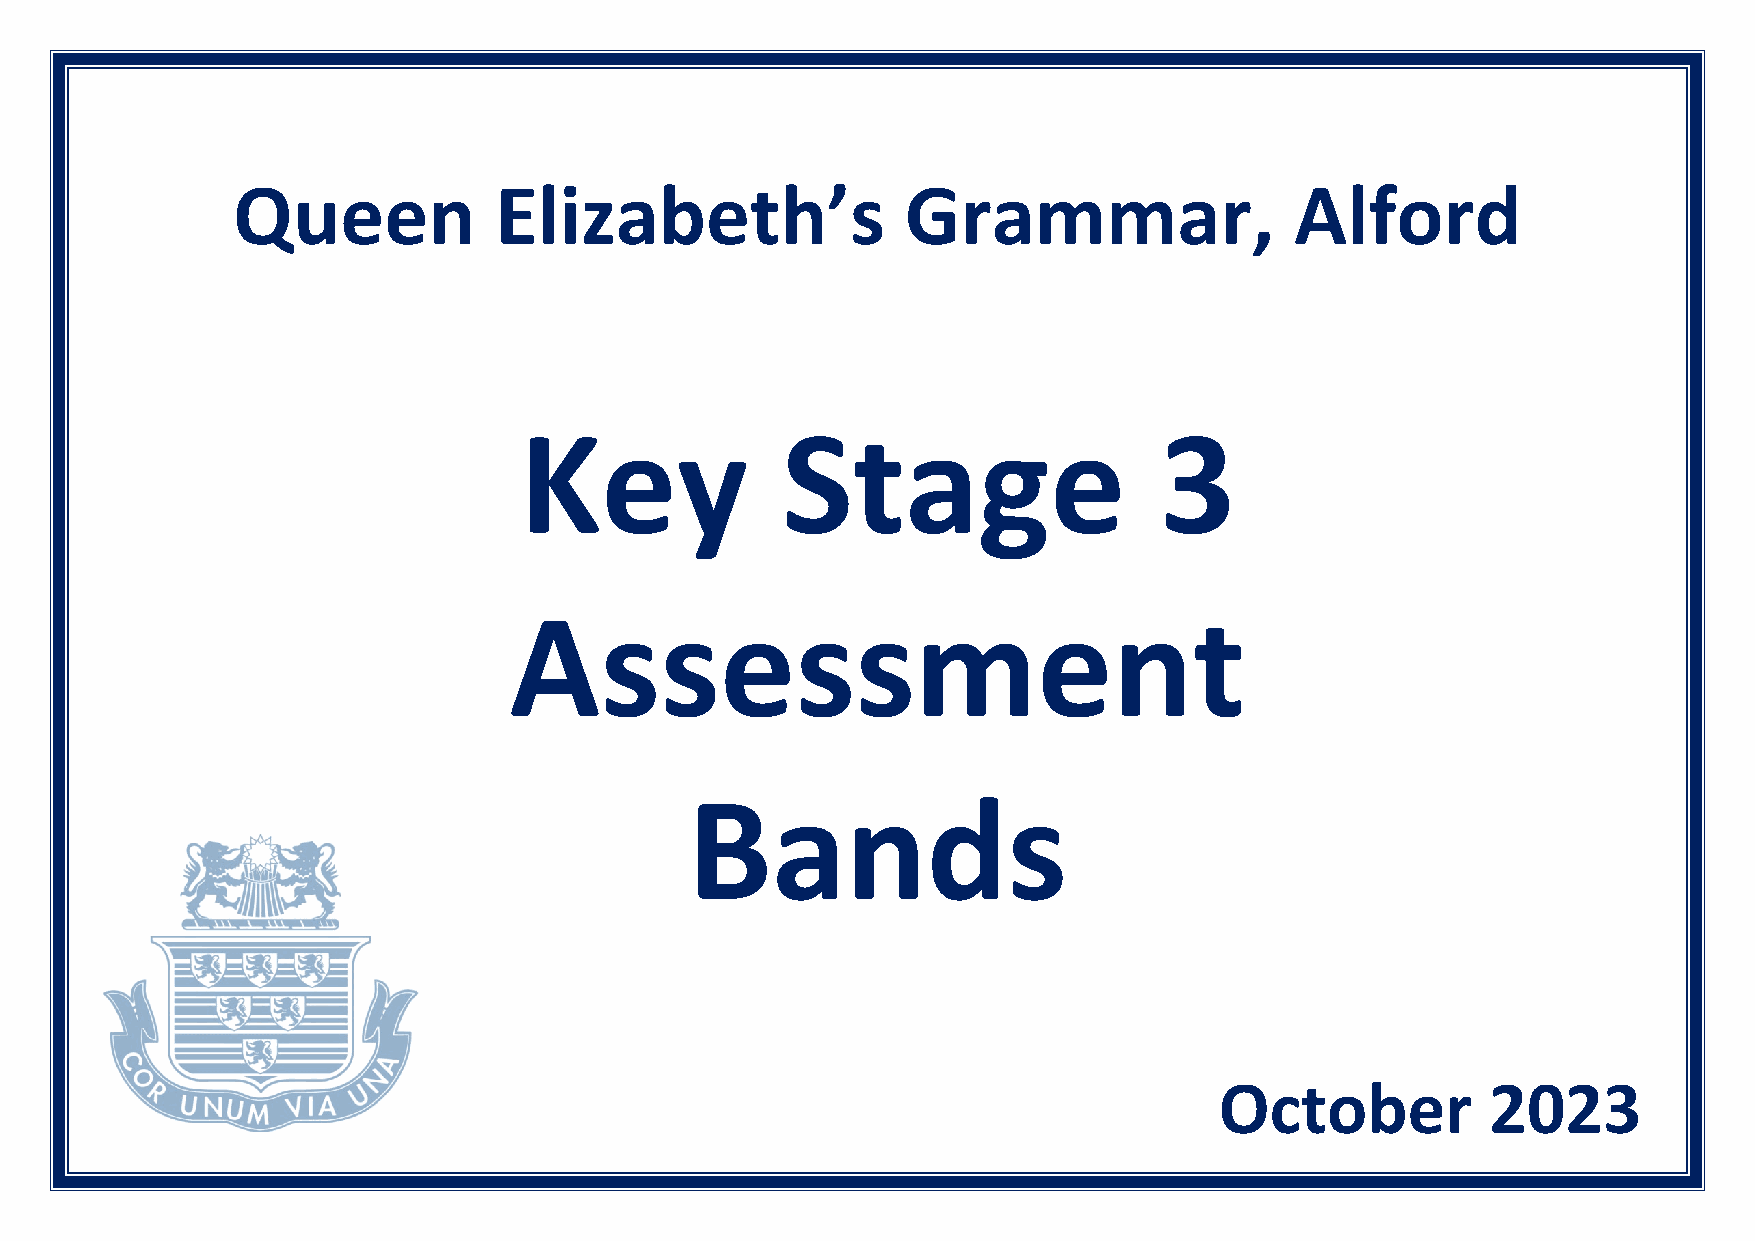
Queen             Elizabeth’s                Grammar,                  Alford
 Key               Stage                    3
 Assessment
 Bands
 October           2023